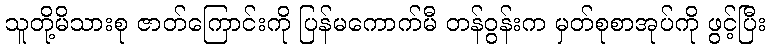
သူတို့မိသားစု ဇာတ်ကြောင်းကို ပြန်မကောက်မီ တန်ဝွန်းက မှတ်စုစာအုပ်ကို ဖွင့်ပြီး